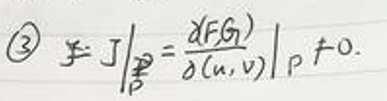
\(\frac{J}{P} = \frac { \partial ( F, G ) } { \partial ( u, v ) } | _ { P } \neq 0.\)